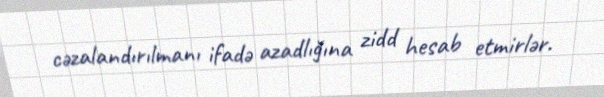
cəzalandırılmanı ifadə azadlığına zidd hesab etmirlər.